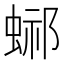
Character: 𧌴